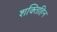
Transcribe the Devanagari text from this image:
शक्तिहिन